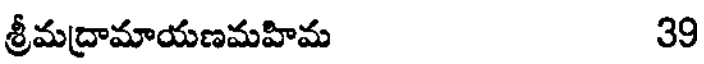
శ్రీమద్రామాయణమహిమ 39